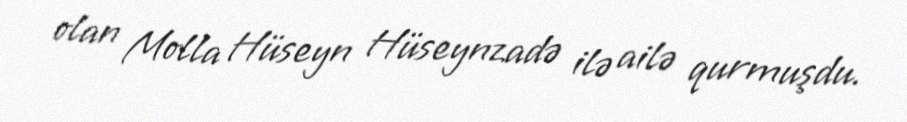
olan Molla Hüseyn Hüseynzadə ilə ailə qurmuşdu.